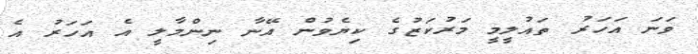
ވަަނަ އަހަރު ތައުލީމީ މަރުކަޒުގެ ކިޔެވުން އޭނާ ނިންމާލީ އެ އަހަރު އެ